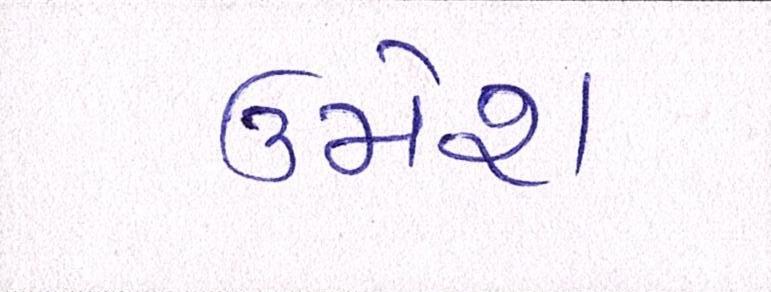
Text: ઉમેશ